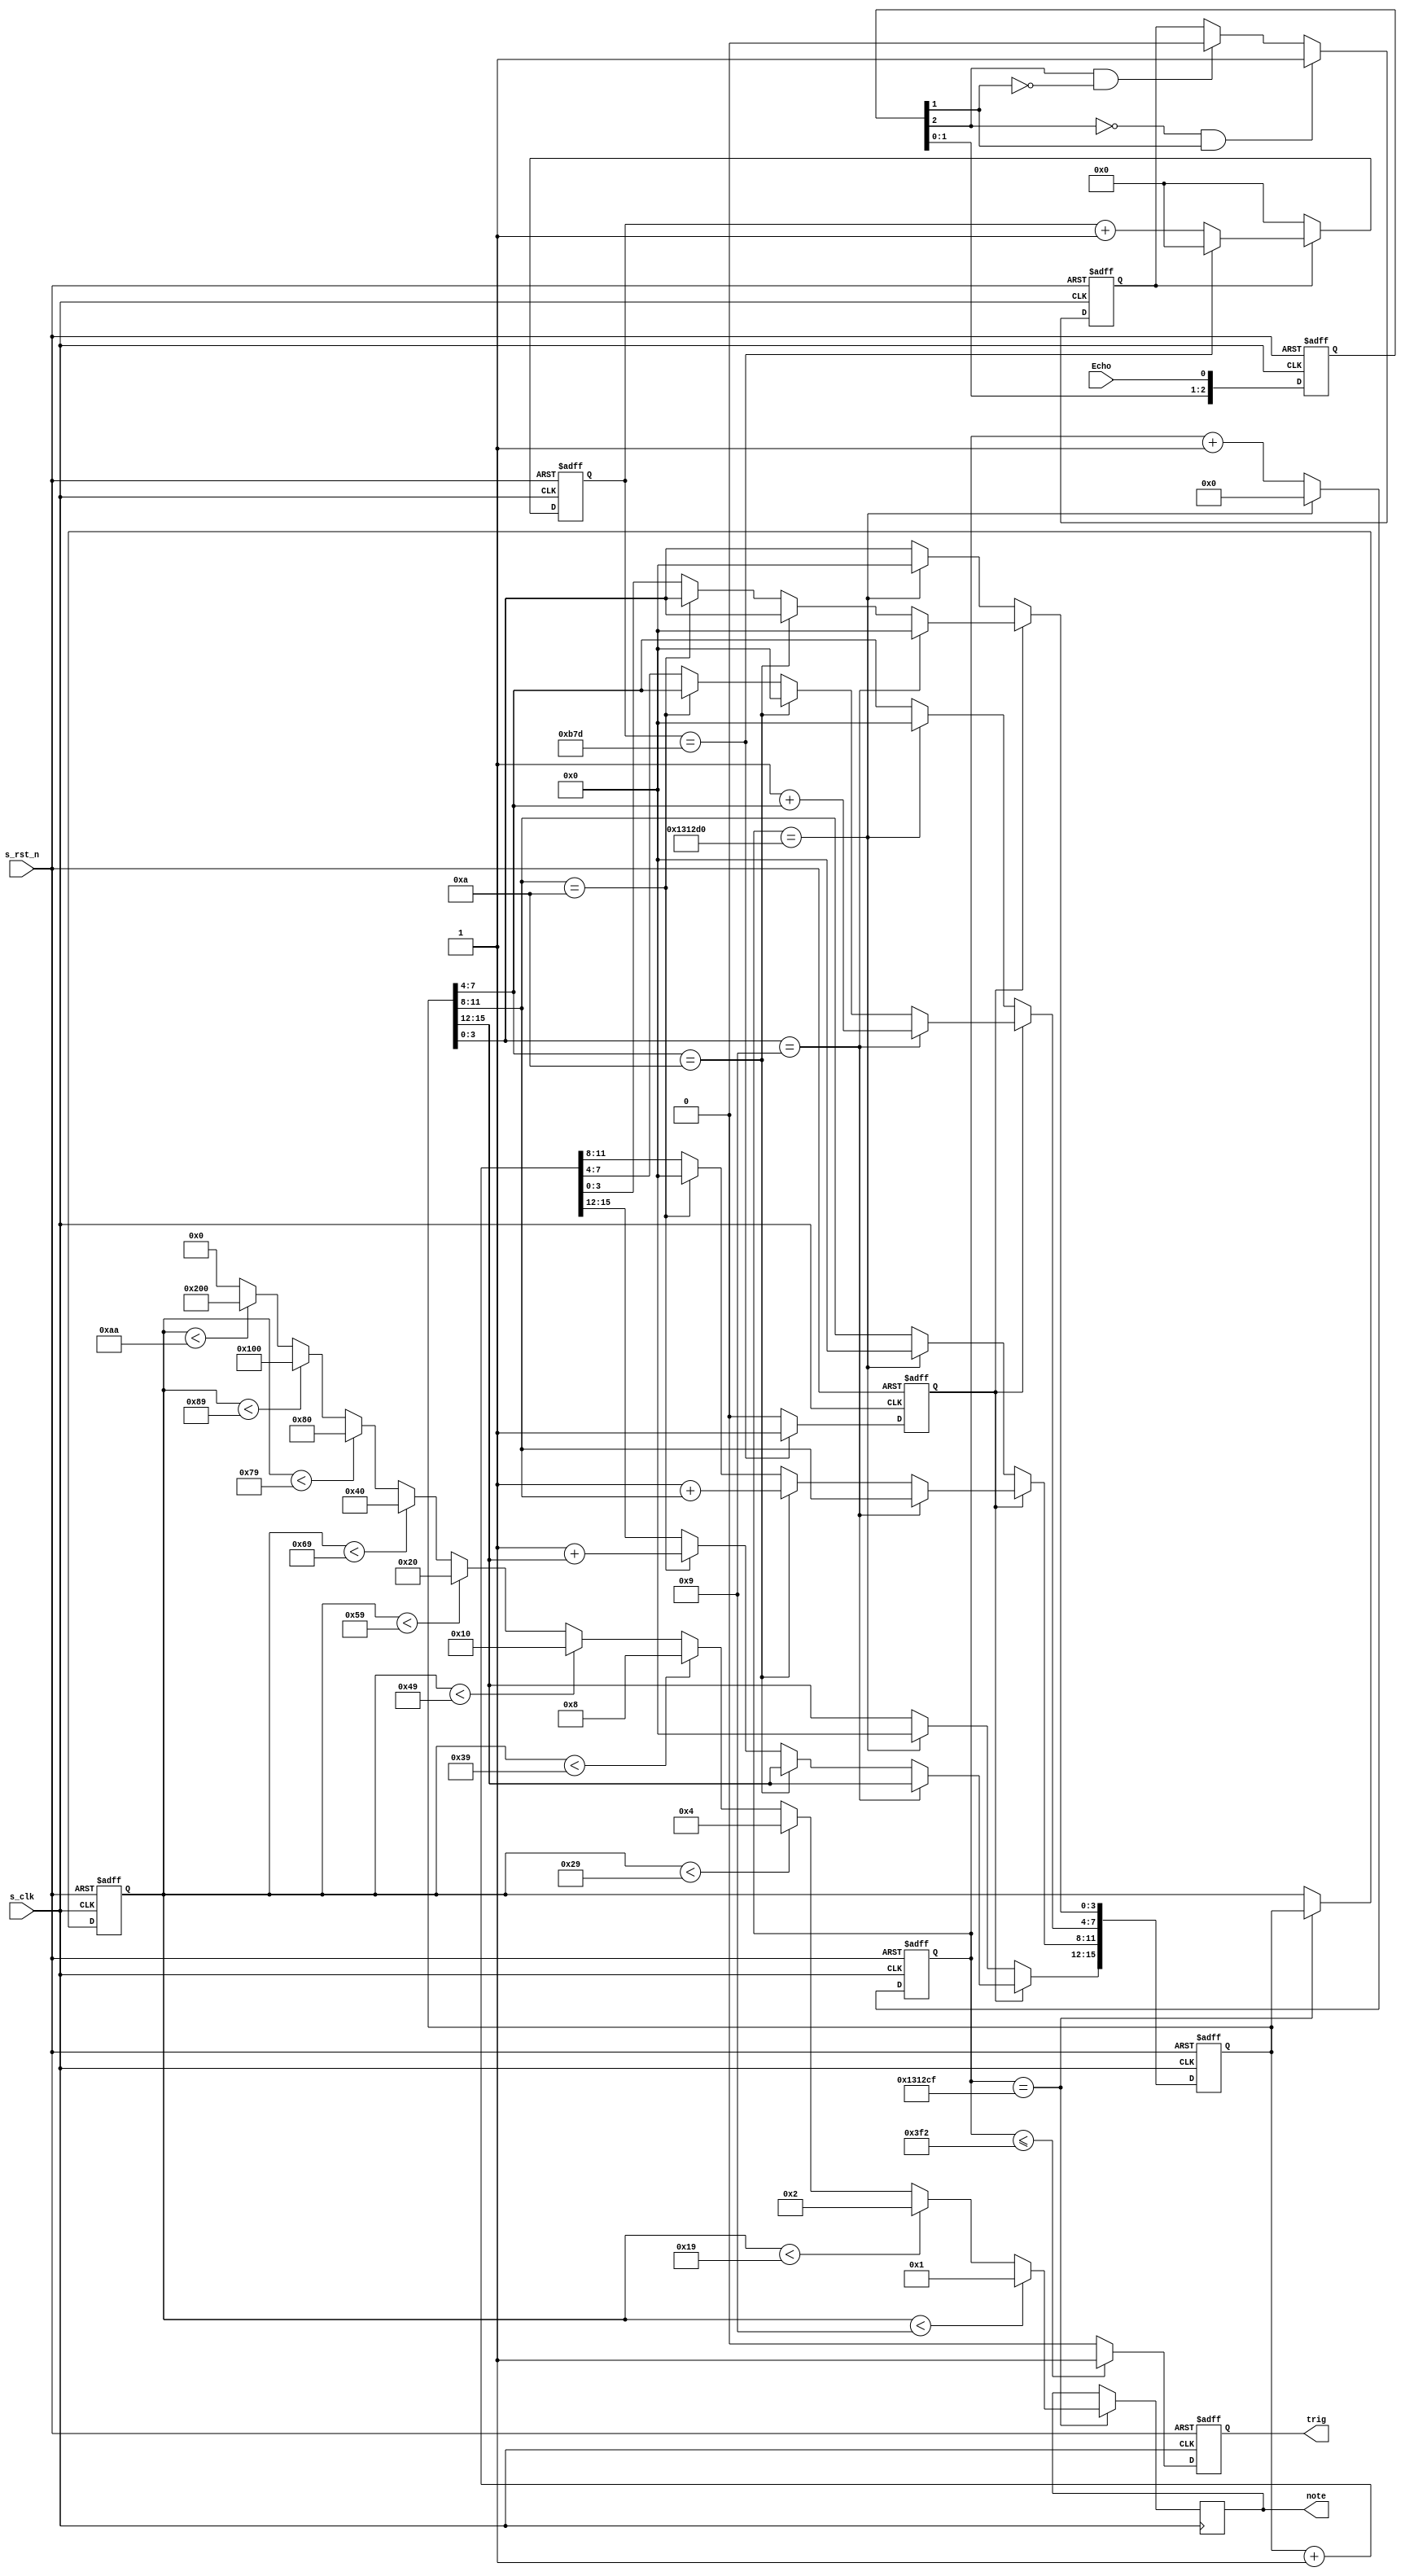
`timescale 1ns / 1ps
//////////////////////////////////////////////////////////////////////////////////
// Company: 
// Engineer: 
// 
// Design Name: 
// Module Name: distance
// Project Name: 
// Target Devices: 
// Tool Versions: 
// Description: 
// 
// Dependencies: 
// 
// Revision:
// Revision 0.01 - File Created
// Additional Comments:
// 
//////////////////////////////////////////////////////////////////////////////////


module distance(
    input s_clk,
    input s_rst_n,
    input Echo,
    output reg trig,
    output reg [9:0] note
    );
// generate cnt_17M_en  delay 2 paces
reg [2:0]Echo_delay;
reg[15:0] data;
parameter A = 30'd1010;//pulse width 1000,10us
parameter B = 14'd2941;// divider coefficient17khz clk5882
parameter C = 30'd1250000;//peroid 100000000
always@(posedge s_clk or negedge s_rst_n)
begin
if(!s_rst_n)
    begin
        Echo_delay <= 'd0;
    end
else
    begin
        Echo_delay <= {Echo_delay[1:0], Echo};
    end
end

wire nege_Echo;
wire pose_Echo;
assign pose_Echo= (~Echo_delay[2])&& Echo_delay[1];// posdedge detection
assign nege_Echo = Echo_delay[2]&&(~Echo_delay[1]);// negedge detection

reg cnt_17k_en;
always @(posedge s_clk or negedge s_rst_n)
begin
    if(!s_rst_n)
        cnt_17k_en <= 'd0;
    else
        if(pose_Echo)
            cnt_17k_en <= 1'b1;
        else
            if(nege_Echo)
                cnt_17k_en <= 1'b0;
            else
                cnt_17k_en <= cnt_17k_en;
end

reg[13:0] cnt_17k;
always @(posedge s_clk or negedge s_rst_n)
begin
    if(!s_rst_n)
        cnt_17k <= 'd0;
    else
        if(cnt_17k_en)
            begin
                if(cnt_17k == B)
                    cnt_17k <= 'd0;
                else
                    cnt_17k <= cnt_17k +1'b1;
                end
            else
                cnt_17k <= 'd0;
end

reg clk_17k;
always @(posedge s_clk or negedge s_rst_n)
begin
    if(!s_rst_n)
        clk_17k <= 1'b0;
    else
        if(cnt_17k == B)
            clk_17k <= 1'b1;
        else
            clk_17k <= 1'b0;
end

//generate trig
reg [29:0] cnt_10us;
always @(posedge s_clk or negedge s_rst_n)
begin
    if(!s_rst_n)
        cnt_10us <= 1'b0;
    else
        if(cnt_10us == C)
            cnt_10us <= 'd0;
        else
            cnt_10us <= cnt_10us +1'b1;
end

always @(posedge s_clk or negedge s_rst_n)
begin
    if(!s_rst_n)
        trig <= 1'b0;
    else
        if(cnt_10us <= A)
            trig <= 1'b1;
        else
            trig <= 1'b0;
end

reg [15:0] data_r;
always @ (posedge s_clk or negedge s_rst_n)
begin
	if(!s_rst_n)
		data_r <= 'd0;
	else if(clk_17k == 1'b1)
		begin
				if(data_r[3 :0 ] == 'd9)
					begin
						data_r[7 :4 ] <= 1'b1 + data_r[7 :4 ];
						data_r[3 :0 ] <= 'd0;
					end 
				else 
					if(data_r[7 :4 ] == 'd10)
						begin
							data_r[11:8 ] <= 1'b1 + data_r[11:8 ];
							data_r[7 :4 ] <= 'd0;
						end 
					else 
						if(data_r[11:8 ] == 'd10)
							begin
								data_r[15:12] <= 1'b1 + data_r[15:12];
								data_r[11:8 ] <= 'd0;
							end 
						else 
							data_r <= data_r + 1'b1;
			end 
		else 
			if(cnt_10us == C)
				data_r <= 'd0;
			else
				data_r <= data_r;
end 
// solve the data will become 0 problem
always @ (posedge s_clk or negedge s_rst_n)
begin
	if(!s_rst_n)
		data <= 'd0;
	else 
		if(cnt_10us == (C-1))
			data <= data_r;
		else 
			data <= data ;
end
             always@(posedge s_clk) begin
             if(cnt_10us == C-1)begin
             if (data<16'd9)    note <= 10'b0000000001;
             else if(data<16'd25) note <= 10'b0000000010;
             else if(data<16'd41) note <= 10'b0000000100;
             else if(data<16'd57) note <= 10'b0000001000;
             else if(data<16'd73) note <= 10'b0000010000;
             else if(data<16'd89) note <= 10'b0000100000;
             else if(data<16'd105) note <= 10'b0001000000;
             else if(data<16'd121) note <= 10'b0010000000;
             else if(data<16'd137) note <= 10'b0100000000;
             else if(data<16'd170) note <= 10'b1000000000;
             else  note <= 10'b0000000000;
             end
             end
endmodule